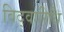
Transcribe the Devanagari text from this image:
विद्वारिधि